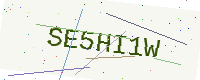
Text: SE5HI1W